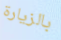
بالزيارة